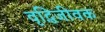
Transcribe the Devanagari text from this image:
वृद्धिजीवक